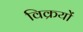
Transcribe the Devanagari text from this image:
विक्रयों